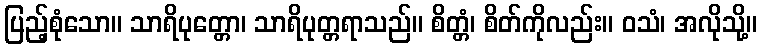
ပြည့်စုံသော။ သာရိပုတ္တော၊ သာရိပုတ္တရာသည်။ စိတ္တံ၊ စိတ်ကိုလည်း။ ဝသံ၊ အလိုသို့။